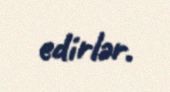
edirlər.